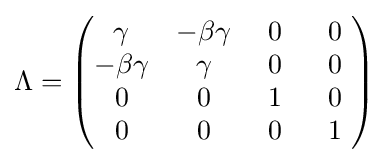
\Lambda ={\begin{pmatrix}\gamma &-\beta \gamma &\ 0\ &\ 0\ \\-\beta \gamma &\gamma &0&0\\0&0&1&0\\0&0&0&1\end{pmatrix}}